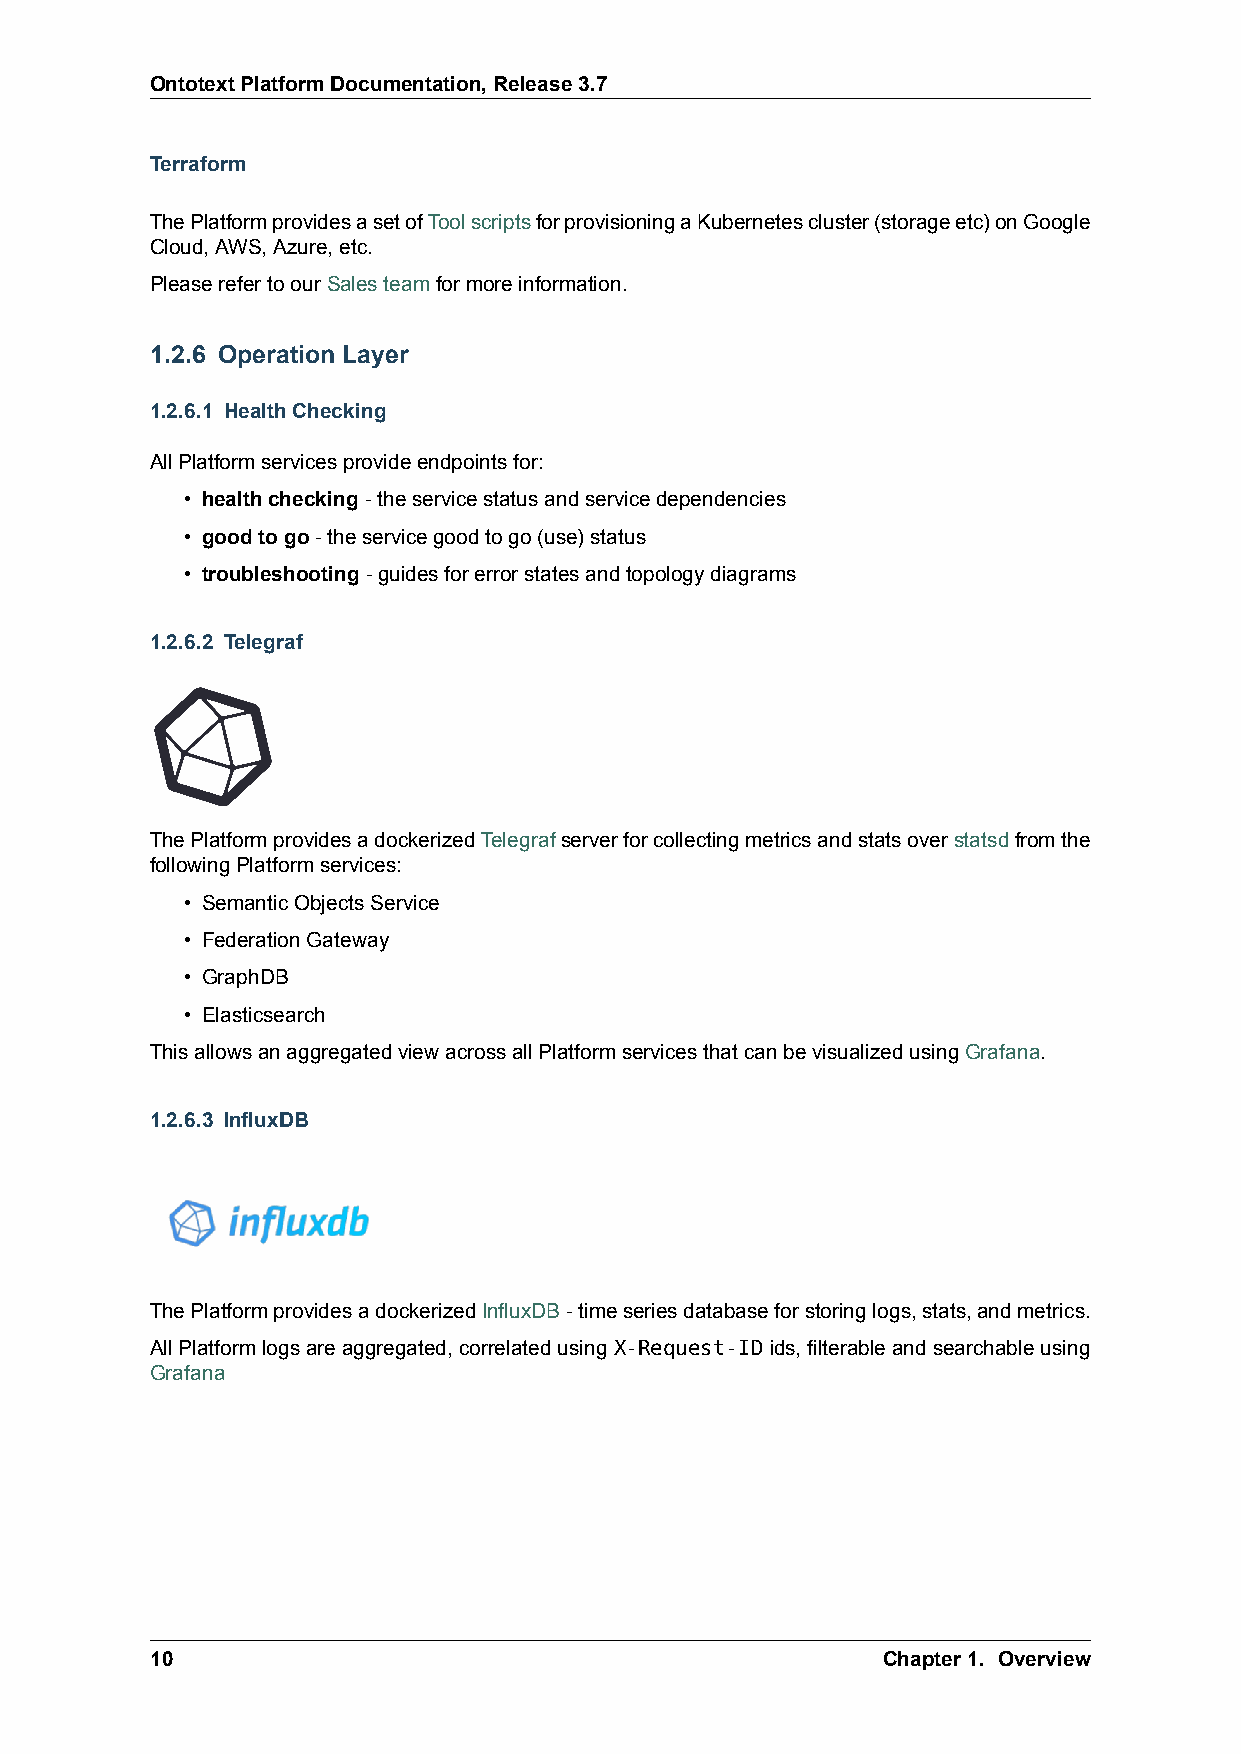
OntotextPlatformDocumentation,Release3.7
 Terraform
 ThePlatformprovidesasetofToolscriptsforprovisioningaKubernetescluster(storageetc)onGoogle
 Cloud,AWS,Azure,etc.
 PleaserefertoourSalesteamformoreinformation.
 1.2.6 Operation Layer
 1.2.6.1 HealthChecking
 AllPlatformservicesprovideendpointsfor:
 • healthchecking-theservicestatusandservicedependencies
 • goodtogo-theservicegoodtogo(use)status
 • troubleshooting-guidesforerrorstatesandtopologydiagrams
 1.2.6.2 Telegraf
 ThePlatformprovidesadockerizedTelegrafserverforcollectingmetricsandstatsoverstatsdfromthe
 followingPlatformservices:
 • SemanticObjectsService
 • FederationGateway
 • GraphDB
 • Elasticsearch
 ThisallowsanaggregatedviewacrossallPlatformservicesthatcanbevisualizedusingGrafana.
 1.2.6.3 InfluxDB
 ThePlatformprovidesadockerizedInfluxDB-timeseriesdatabaseforstoringlogs,stats,andmetrics.
 AllPlatformlogsareaggregated,correlatedusingX-Request-IDids,filterableandsearchableusing
 Grafana
 10                                              Chapter1. Overview